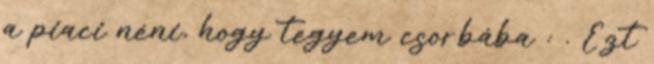
a piaci néni, hogy tegyem csorbába : . Ezt